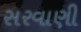
સરવાણી